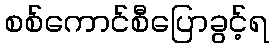
စစ်ကောင်စီပြောခွင့်ရ